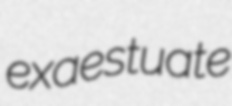
exaestuate